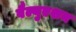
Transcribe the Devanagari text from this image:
वैल्युएशन